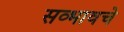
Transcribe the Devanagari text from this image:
सव्भावचे